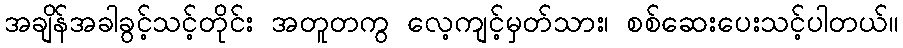
အချိန်အခါခွင့်သင့်တိုင်း အတူတကွ လေ့ကျင့်မှတ်သား၊ စစ်ဆေးပေးသင့်ပါတယ်။